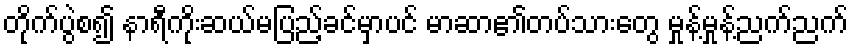
တိုက်ပွဲစ၍ နာရီကိုးဆယ်မပြည့်ခင်မှာပင် မာဆာ၏တပ်သားတွေ မှုန့်မှုန့်ညက်ညက်